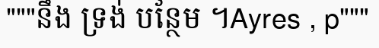
"""នឹង ទ្រង់ បន្ថែម ។Ayres , p"""